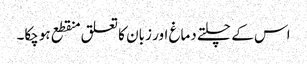
اس کے چلتے دماغ اور زبان کا تعلق منقطع ہوچکا۔